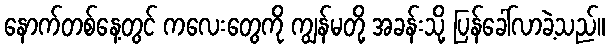
နောက်တစ်နေ့တွင် ကလေးတွေကို ကျွန်မတို့ အခန်းသို့ ပြန်ခေါ်လာခဲ့သည်။